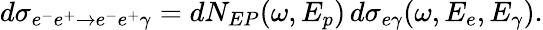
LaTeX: d\sigma_{e^{-}e^{+}\to e^{-}e^{+}\gamma}=dN_{EP}(\omega,E_{p})\, d\sigma_{e\gamma}(\omega,E_{e},E_{\gamma}).